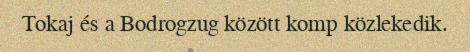
Tokaj és a Bodrogzug között komp közlekedik.